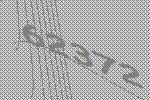
62372